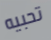
تحبيه